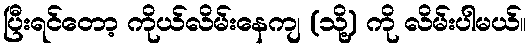
ပြီးရင်တော့ ကိုယ်လိမ်းနေကျ (သို့) ကို လိမ်းပါမယ်။